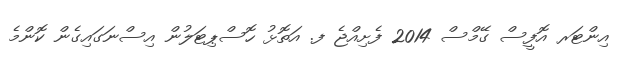
އިންޓަރ އޮފީސް ގޭމްސް 2014 ފެށިއްޖެ ފ. އަތޮޅު ހޮސްޕިޓަލުން އިސްނަގައިގެން ކޮންމެ